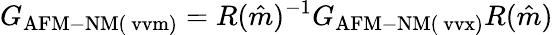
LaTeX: G_{\mathrm{AFM-NM(\ vvm)}}=R(\hat{m})^{-1}G_{\mathrm{AFM-NM(\ vvx)}}R(\hat{m})